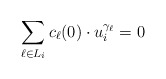
\begin{align*}\sum_{\ell\in L_{i}} c_{\ell}(0)\cdot u_{i}^{\gamma_{\ell}}=0\end{align*}